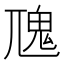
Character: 𩱽